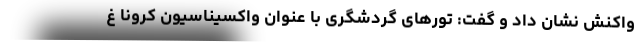
واکنش نشان داد و گفت: تورهای گردشگری با عنوان واکسیناسیون کرونا غ